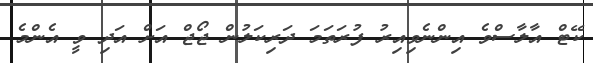
ކޭޓް އާލާސްވެ އިންނެވިއިރު ފުރަތަމަ ދަރިކަލުން ޖޯޖް އަށް އަދި ވީ އެންމެ